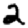
Digit: 2